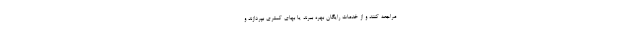
مراجعه کنند و از خدمات رایگان بهره ببرند یا بهای کمتری بپردازند و